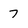
Character: 7